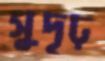
সুদৃঢ়